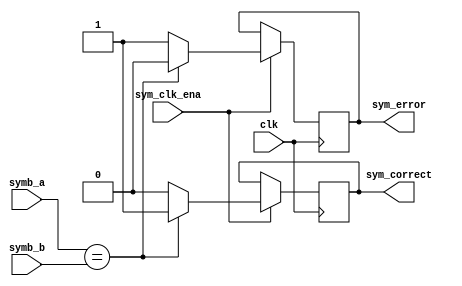
module comparator(
    input [1:0] symb_a, symb_b,
    input sym_clk_ena, clk,
    output reg sym_correct, sym_error
    //output reg [1:0] symb_a_delay 
);

always @ (posedge clk)
	if(sym_clk_ena)
    if(symb_a == symb_b)
        begin
            sym_correct = 1'b1;
            sym_error = 1'b0;
        end
    else begin
        sym_correct = 1'b0;
        sym_error = 1'b1;

    end





endmodule